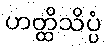
ဟတ္ထိသိပ္ပံ